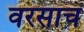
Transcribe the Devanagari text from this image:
वरसाचं